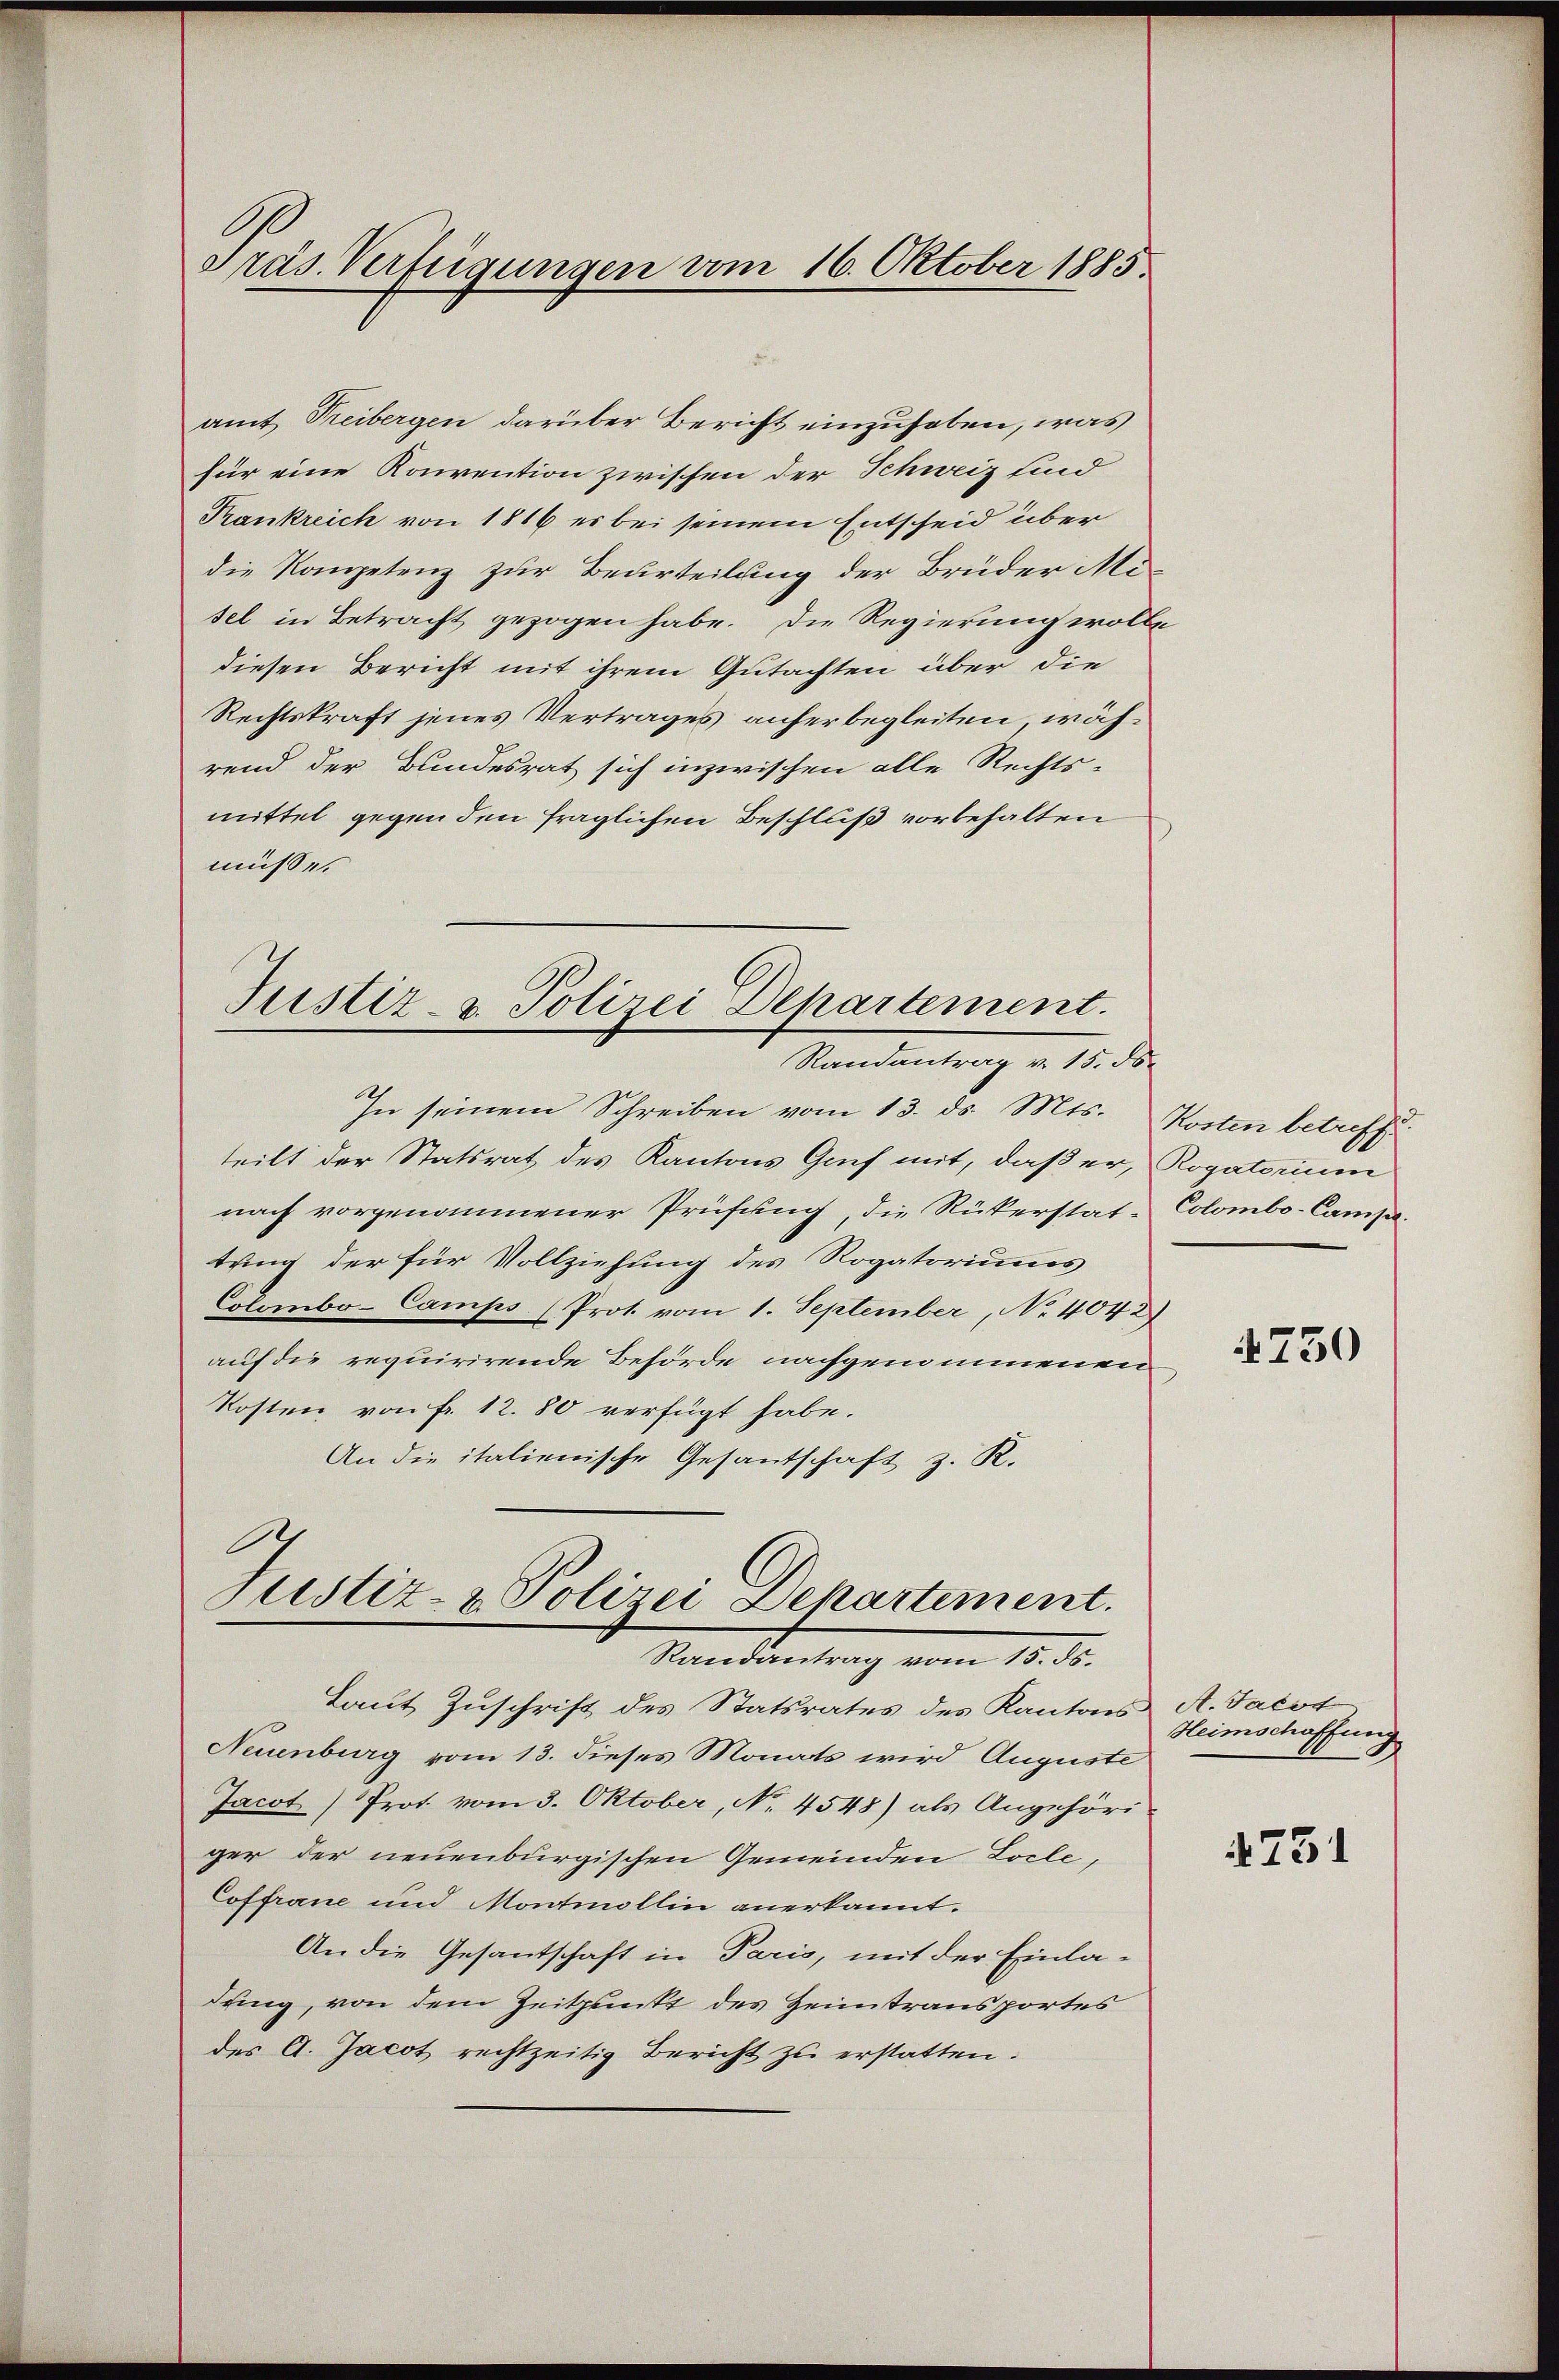
Präs. Verfügungen vom 16. Oktober 1885.

amt Treibergen darüber Bericht einzuhoben, was
für eine Konvention zwischen der Schweiz sind
Krankreich von 1816 es bei seinem Entscheid über
die Kompetenz zur Beurteilung der Brüder Mi-
sel in Betracht gezogen habe. Die Regierung wolle
diesen Bericht mit ihrem Gutachten über die
Rechtskraft jenes Vertrages anherbegleiten, während der Bundesrat sich inzwischen alle Rechts-
mittel gegen den fraglichen Beschluß vorbehalten
müße.

Justiz- & Polizei Departement.
Randantrag v. 15. ds.

In seinem Schreiben vom 13. ds. Mts. Kosten betreffe
teilt der Statsrat des Kantons Gruf mit, daß er, Rogatorium
nach vorgenommener Prüfung, die Rükerstat-
tung der für Vollziehung des Rogatoriums
Colombo-Camps (Prot. vom 1. September, No 4042)
auf die requirirende Behörde nachgenommenen
Kosten von Fr. 12. 80 verfügt habe.
An die italienische Gesantschaft z. R.
A

Justiz- & Polizei Dekartement.
Randantrag vom 15. ds.

Laut Zuschrift des Statsrates des Kantons A. Jacot
Neuenburg vom 13. dieses Monats wird Auguste
Jacot) Prot. vom 3. Oktober, No. 4548) als Angehöri-
ger der neuenburgischen Gemeinden Locle,
Coffrane und Montmollin anerkannt.
An die Gesantschaft in Paris, mit der Einla-
dung, von dem Zeitpunkt des Heimtransportes
des A. Jacot rechtzeitig Bericht zu erstatten.

Colombo-Campel.

4750

Heimschaffung

4731